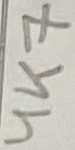
Text: 4K7